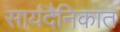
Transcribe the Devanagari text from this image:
सायंदैनिकात